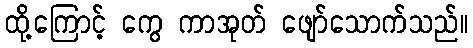
ထို့ကြောင့် ကွေ ကာအုတ် ဖျော်သောက်သည်။